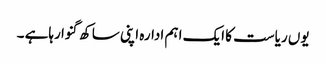
یوں ریاست کا ایک اہم ادارہ اپنی ساکھ گنوا رہاہے ۔